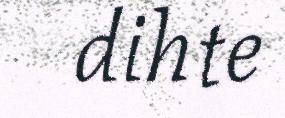
dihte